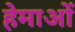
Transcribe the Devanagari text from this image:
हेमाओं